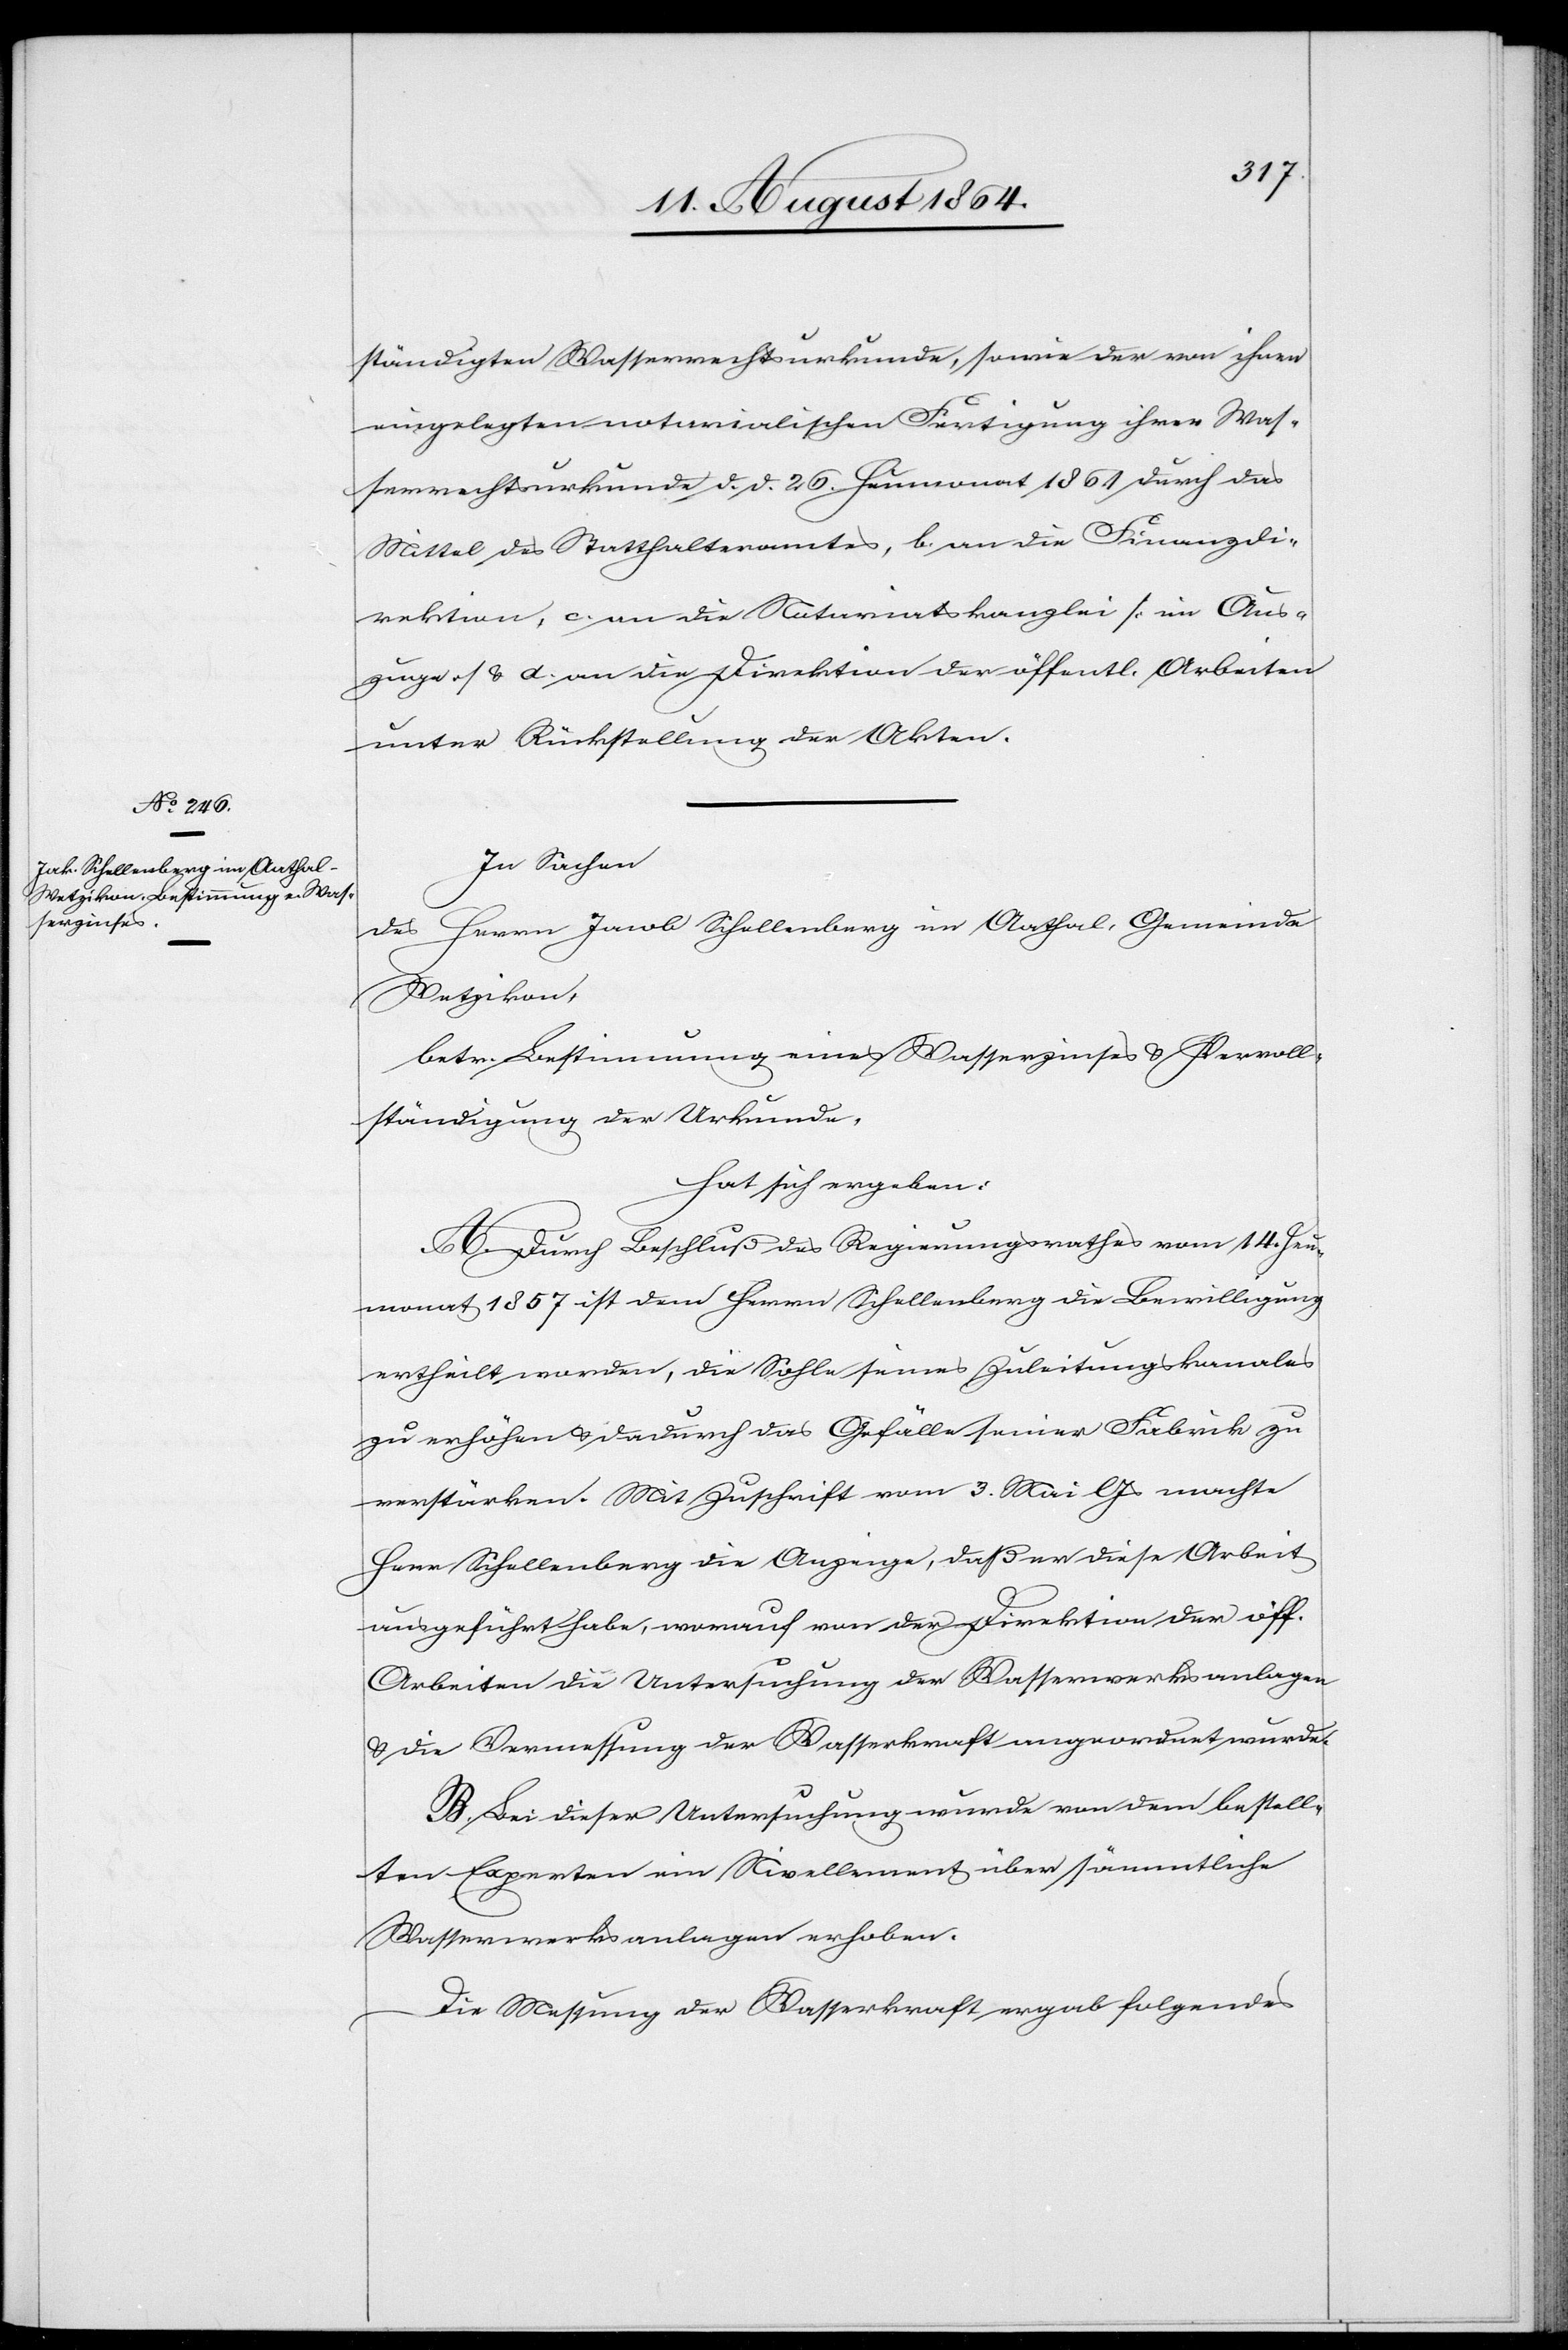
ständigten Wasserrechtsurkunde, sowie der von ihnen
eingelegten notarialischen Fertigung ihrer Was¬
serrechtsurkunde d. d. 26. Heumonat 1861 durch das
Mittel des Statthalteramtes, b. an die Finanzdi¬
rektion, c. an die Notariatskanzlei [im Aus¬
zuge] & d. an die Direktion der öffentl. Arbeiten
unter Rückstellung der Akten.
In Sachen
Herrn Jacob Schellenberg in Aathal, Gemeinde
des
Wetzikon
betr. Bestimmung eines Wasserzinses & Vervoll¬
ständigung der Urkunde,
hat sich ergeben:
A. Durch Beschluß des Regierungsrathes vom 14. Heu¬
monat 1857 ist dem Herrn Schellenberg die Bewilligung
ertheilt worden, die Sohle seines Zuleitungskanales
zu erhöhen & dadurch das Gefälle seiner Fabrik zu
verstärken. Mit Zuschrift vom 3. Mai l. Js. machte
Herr Schellenberg die Anzeige, daß er diese Arbeit
ausgeführt habe, worauf von der Direktion der öff.
Arbeiten die Untersuchung der Wasserwerksanlagen
& die Vermessung der Wasserkraft angeordnet wurde.
B. Bei dieser Untersuchung wurde von dem bestell¬
ten Experten ein Nivellement über sämmtliche
Wasserwerksanlagen erhoben.
Die Messung der Wasserkraft ergab folgendes